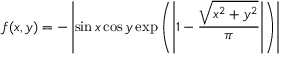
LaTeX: f ( x , y ) = - \left| \sin x \cos y \exp \left( \left| 1 - { \frac { \sqrt { x ^ { 2 } + y ^ { 2 } } } { \pi } } \right| \right) \right|